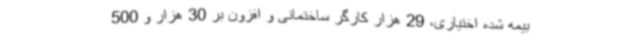
بیمه شده اختیاری، 29 هزار کارگر ساختمانی و افزون بر 30 هزار و 500